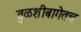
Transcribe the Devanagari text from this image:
तुळशीबागेतच